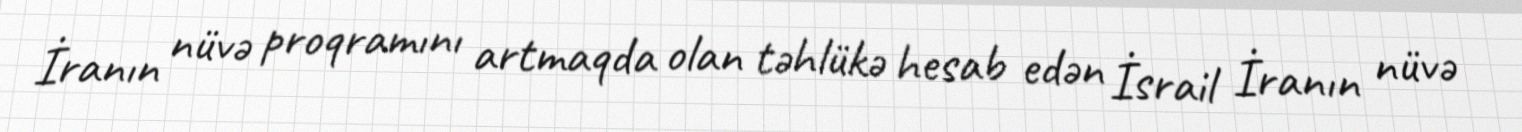
İranın nüvə proqramını artmaqda olan təhlükə hesab edən İsrail İranın nüvə